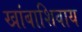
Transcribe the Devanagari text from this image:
खांबाशिवाय